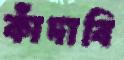
কাঁদাবি